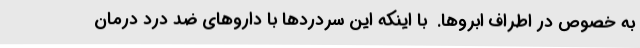
به خصوص در اطراف ابروها.  با اینکه این سردردها با داروهای ضد درد درمان